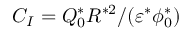
C _ { I } = Q _ { 0 } ^ { * } R ^ { * 2 } / ( \varepsilon ^ { * } \phi _ { 0 } ^ { * } )